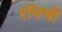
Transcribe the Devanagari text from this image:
रॉयची